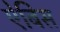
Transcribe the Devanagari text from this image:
ऐबिस